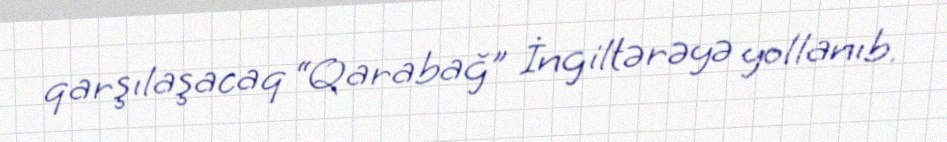
qarşılaşacaq “Qarabağ” İngiltərəyə yollanıb.